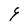
Character: 9